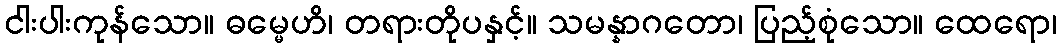
ငါးပါးကုန်သော။ ဓမ္မေဟိ၊ တရားတိုပနှင့်။ သမန္နာဂတော၊ ပြည့်စုံသော။ ထေရော၊